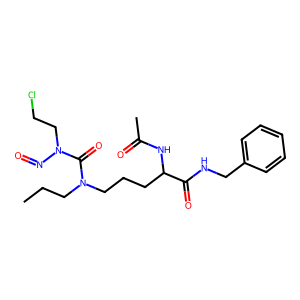
SMILES: CCCN(CCCC(NC(C)=O)C(=O)NCc1ccccc1)C(=O)N(CCCl)N=O
Inhibits HIV replication: No